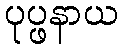
ပုပ္ဖနာယ